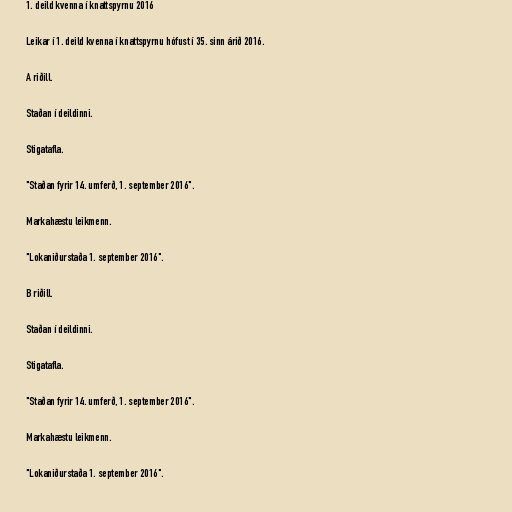
1. deild kvenna í knattspyrnu 2016

Leikar í 1. deild kvenna í knattspyrnu hófust í 35. sinn árið 2016.

A riðill.

Staðan í deildinni.

Stigatafla.

"Staðan fyrir 14. umferð, 1. september 2016".

Markahæstu leikmenn.

"Lokaniðurstaða 1. september 2016".

B riðill.

Staðan í deildinni.

Stigatafla.

"Staðan fyrir 14. umferð, 1. september 2016".

Markahæstu leikmenn.

"Lokaniðurstaða 1. september 2016".